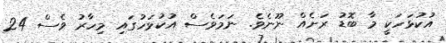
އުކުޅަހަކީ މާ ބޮޑު ރަށެއް ނޫނެވެ. ނަމަވެސް އުކުޅަހުގައި މިހާރު ވެސް 24